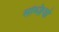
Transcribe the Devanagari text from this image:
सब्ज़ियो